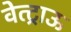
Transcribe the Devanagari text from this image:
वेत्ट्राऊ